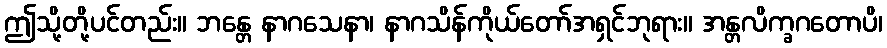
ဤသို့တို့ပင်တည်း။ ဘန္တေ နာဂသေနာ၊ နာဂသိန်ကိုယ်တော်အရှင်ဘုရား။ အန္တလိက္ခဂတောပိ၊